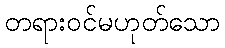
တရားဝင်မဟုတ်သော